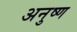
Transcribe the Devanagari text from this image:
अनुष्ण